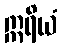
ဣရိယံ